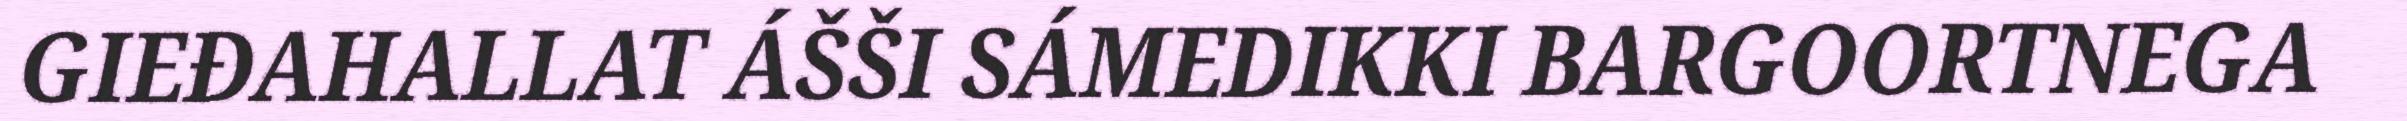
GIEĐAHALLAT ÁŠŠI SÁMEDIKKI BARGOORTNEGA